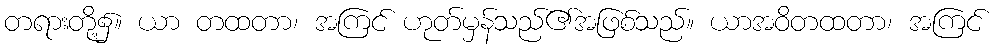
တရားတို့၌။ ယာ တထတာ၊ အကြင် ဟုတ်မှန်သည်၏အဖြစ်သည်။ ယာအဝိတထတာ၊ အကြင်